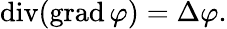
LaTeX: \operatorname{div}(\operatorname{grad}\varphi)=\Delta\varphi.